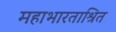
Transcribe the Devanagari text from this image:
महाभारताश्रित